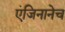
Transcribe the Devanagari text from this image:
एंजिनानेच